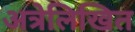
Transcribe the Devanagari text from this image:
अत्रेलिखित